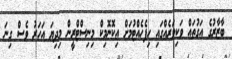
ބާޒާރުގެ އަގުތައް ވަކިވަރެއްގައި ހިފެހެއްޓުމަށް އިކޮނޮމިކް މިނިސްޓްރީން މިދިޔަ އަހަރު ވެސް ގިނަ